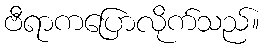
ဗီရာကပြောလိုက်သည်။